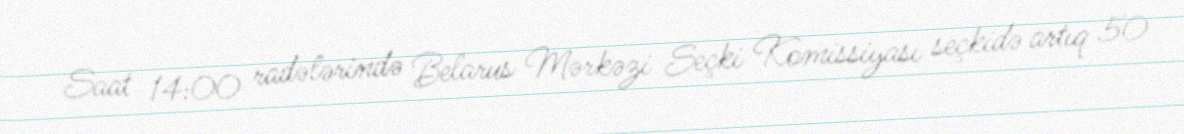
Saat 14:00 radələrində Belarus Mərkəzi Seçki Komissiyası seçkidə artıq 50